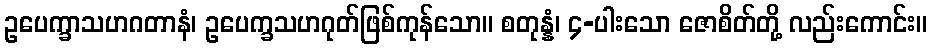
ဥပေက္ခာသဟဂတာနံ၊ ဥပေက္ခသဟဂုတ်ဖြစ်ကုန်သော။ စတုန္နံ၊ ၄-ပါးသော ဇောစိတ်တို့ လည်းကောင်း။